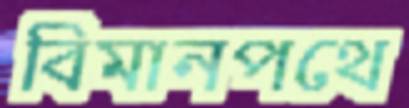
বিমানপথে